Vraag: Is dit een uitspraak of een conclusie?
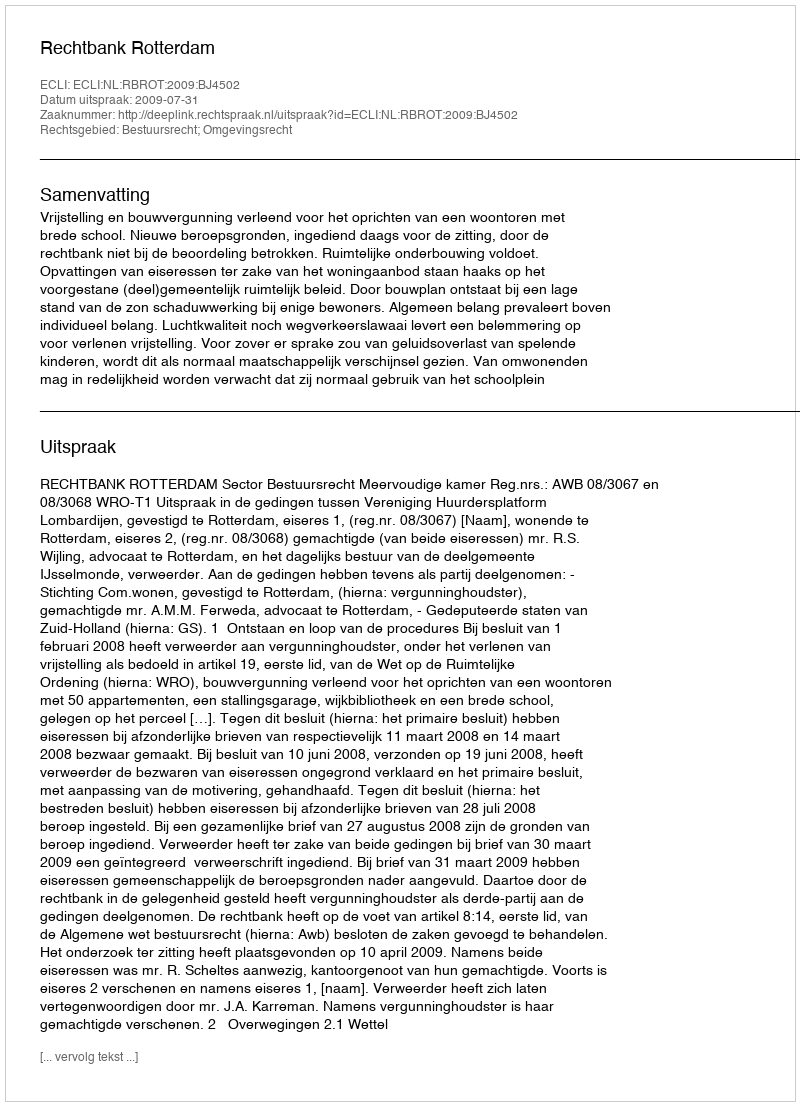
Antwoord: Uitspraak